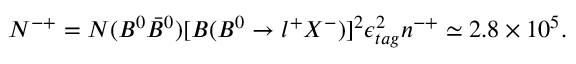
N ^ { - + } = N ( B ^ { 0 } \bar { B } ^ { 0 } ) [ B ( B ^ { 0 } \to l ^ { + } X ^ { - } ) ] ^ { 2 } \epsilon _ { t a g } ^ { 2 } n ^ { - + } \simeq 2 . 8 \times 1 0 ^ { 5 } .